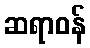
ဆရာဝန်